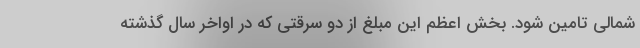
شمالی تامین شود. بخش اعظم این مبلغ از دو سرقتی که در اواخر سال گذشته